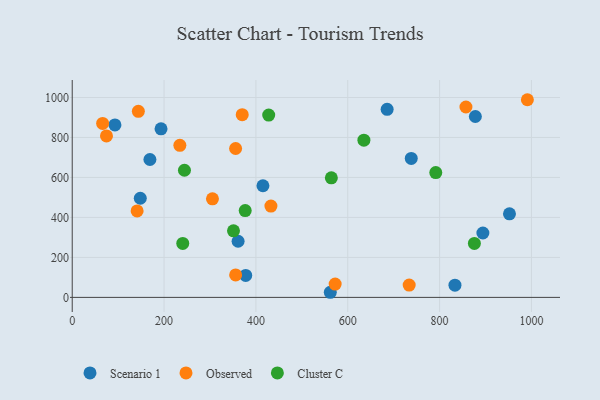
{"axis": {"x": "Experience", "y": "Salary"}, "legend": ["Cluster C", "Observed", "Scenario 1"], "data": [{"x": "738.3", "y": 695.0, "type": "Scenario 1"}, {"x": "377.8", "y": 110.0, "type": "Scenario 1"}, {"x": "148.2", "y": 496.0, "type": "Scenario 1"}, {"x": "169.2", "y": 689.7, "type": "Scenario 1"}, {"x": "93.0", "y": 862.9, "type": "Scenario 1"}, {"x": "877.9", "y": 904.9, "type": "Scenario 1"}, {"x": "361.2", "y": 280.8, "type": "Scenario 1"}, {"x": "685.8", "y": 940.7, "type": "Scenario 1"}, {"x": "193.4", "y": 843.1, "type": "Scenario 1"}, {"x": "952.2", "y": 418.1, "type": "Scenario 1"}, {"x": "562.0", "y": 25.6, "type": "Scenario 1"}, {"x": "833.5", "y": 60.9, "type": "Scenario 1"}, {"x": "894.3", "y": 322.1, "type": "Scenario 1"}, {"x": "415.3", "y": 558.4, "type": "Scenario 1"}, {"x": "234.4", "y": 760.6, "type": "Observed"}, {"x": "355.8", "y": 744.9, "type": "Observed"}, {"x": "141.3", "y": 432.6, "type": "Observed"}, {"x": "991.2", "y": 988.8, "type": "Observed"}, {"x": "74.6", "y": 807.7, "type": "Observed"}, {"x": "733.8", "y": 61.8, "type": "Observed"}, {"x": "305.4", "y": 493.0, "type": "Observed"}, {"x": "432.7", "y": 456.6, "type": "Observed"}, {"x": "370.2", "y": 913.9, "type": "Observed"}, {"x": "144.0", "y": 931.0, "type": "Observed"}, {"x": "857.4", "y": 952.5, "type": "Observed"}, {"x": "355.9", "y": 112.5, "type": "Observed"}, {"x": "572.6", "y": 66.5, "type": "Observed"}, {"x": "66.2", "y": 870.2, "type": "Observed"}, {"x": "244.4", "y": 636.0, "type": "Cluster C"}, {"x": "427.9", "y": 912.0, "type": "Cluster C"}, {"x": "564.3", "y": 598.3, "type": "Cluster C"}, {"x": "376.7", "y": 434.4, "type": "Cluster C"}, {"x": "791.7", "y": 624.2, "type": "Cluster C"}, {"x": "635.2", "y": 786.7, "type": "Cluster C"}, {"x": "351.2", "y": 333.0, "type": "Cluster C"}, {"x": "875.8", "y": 269.9, "type": "Cluster C"}, {"x": "240.7", "y": 270.0, "type": "Cluster C"}]}